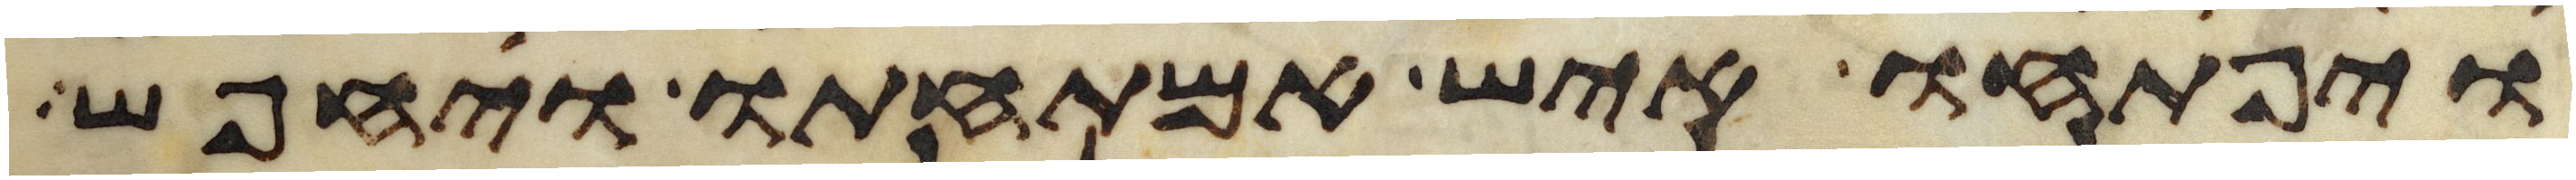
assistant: ויפתחו איש אמתחתו ויחפש